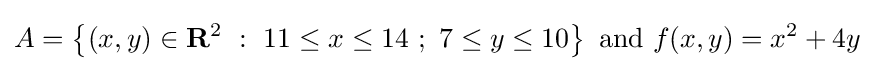
A=\left\{(x,y)\in \mathbf {R} ^{2}\ :\ 11\leq x\leq 14\ ;\ 7\leq y\leq 10\right\}{\mbox{ and }}f(x,y)=x^{2}+4y